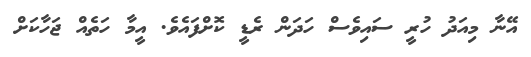
އޭނާ މިއަދު ހުރީ ސައިވެސް ހަދަން ރެޑީ ކޮށްފައެވެ. އީމާ ހަތެއް ޖަހާކަށް